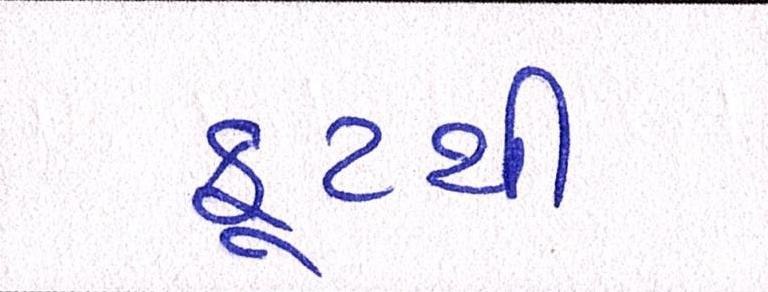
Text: ફૂટથી